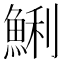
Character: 鯏